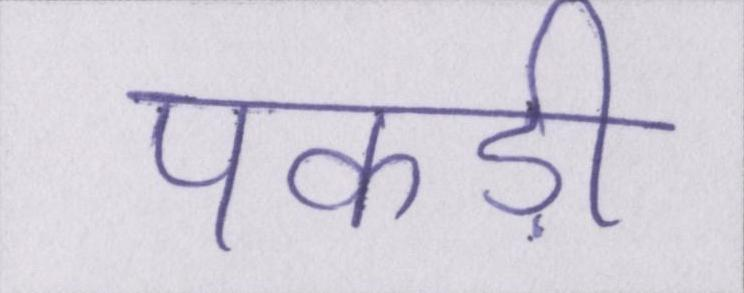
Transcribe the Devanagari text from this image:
पकड़ी